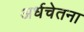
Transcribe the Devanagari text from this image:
अर्धचेतना